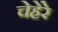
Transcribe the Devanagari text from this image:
चेहेरे